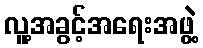
လူ့အခွင့်အရေးအဖွဲ့